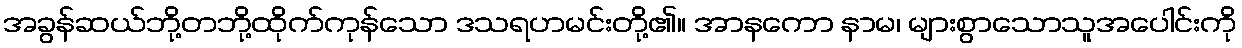
အခွန်ဆယ်ဘို့တဘို့ထိုက်ကုန်သော ဒသရဟမင်းတို့၏။ အာနကော နာမ၊ များစွာသောသူအပေါင်းကို